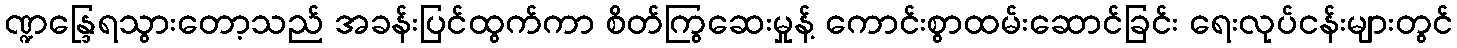
ဏ္ဍန္ဒြေရသွားတော့သည် အခန်းပြင်ထွက်ကာ စိတ်ကြွဆေးမှုန့် ကောင်းစွာထမ်းဆောင်ခြင်း ရေးလုပ်ငန်းများတွင်